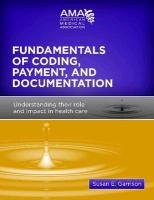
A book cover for Understanding Coding for the Non-Coder: The Relationship Between Coding, Payment and Documentation and Their Impact on Health Care; Susan E. Garrison; Medical Books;